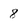
Character: 8